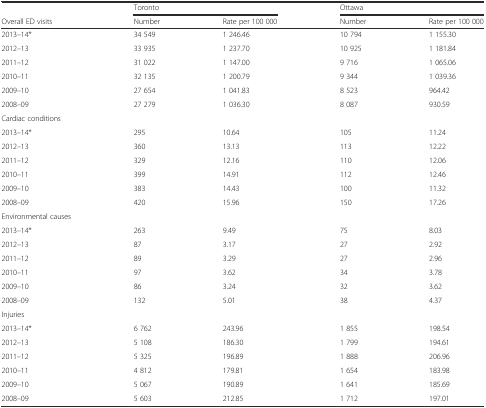
<table><thead><tr><td></td><td colspan="2"><b>Toronto</b></td><td colspan="2"><b>Ottawa</b></td></tr><tr><td><b>Overall ED visits</b></td><td><b>Number</b></td><td><b>Rate per 100 000</b></td><td><b>Number</b></td><td><b>Rate per 100 000</b></td></tr></thead><tbody><tr><td>2013–14*</td><td>34 549</td><td>1 246.46</td><td>10 794</td><td>1 155.30</td></tr><tr><td>2012–13</td><td>33 935</td><td>1 237.70</td><td>10 925</td><td>1 181.84</td></tr><tr><td>2011–12</td><td>31 022</td><td>1 147.00</td><td>9 716</td><td>1 065.06</td></tr><tr><td>2010–11</td><td>32 135</td><td>1 200.79</td><td>9 344</td><td>1 039.36</td></tr><tr><td>2009–10</td><td>27 654</td><td>1 041.83</td><td>8 523</td><td>964.42</td></tr><tr><td>2008–09</td><td>27 279</td><td>1 036.30</td><td>8 087</td><td>930.59</td></tr><tr><td colspan="5">Cardiac conditions</td></tr><tr><td>2013–14*</td><td>295</td><td>10.64</td><td>105</td><td>11.24</td></tr><tr><td>2012–13</td><td>360</td><td>13.13</td><td>113</td><td>12.22</td></tr><tr><td>2011–12</td><td>329</td><td>12.16</td><td>110</td><td>12.06</td></tr><tr><td>2010–11</td><td>399</td><td>14.91</td><td>112</td><td>12.46</td></tr><tr><td>2009–10</td><td>383</td><td>14.43</td><td>100</td><td>11.32</td></tr><tr><td>2008–09</td><td>420</td><td>15.96</td><td>150</td><td>17.26</td></tr><tr><td>Environmental causes</td><td></td><td></td><td></td><td></td></tr><tr><td>2013–14*</td><td>263</td><td>9.49</td><td>75</td><td>8.03</td></tr><tr><td>2012–13</td><td>87</td><td>3.17</td><td>27</td><td>2.92</td></tr><tr><td>2011–12</td><td>89</td><td>3.29</td><td>27</td><td>2.96</td></tr><tr><td>2010–11</td><td>97</td><td>3.62</td><td>34</td><td>3.78</td></tr><tr><td>2009–10</td><td>86</td><td>3.24</td><td>32</td><td>3.62</td></tr><tr><td>2008–09</td><td>132</td><td>5.01</td><td>38</td><td>4.37</td></tr><tr><td colspan="5">Injuries</td></tr><tr><td>2013–14*</td><td>6 762</td><td>243.96</td><td>1 855</td><td>198.54</td></tr><tr><td>2012–13</td><td>5 108</td><td>186.30</td><td>1 799</td><td>194.61</td></tr><tr><td>2011–12</td><td>5 325</td><td>196.89</td><td>1 888</td><td>206.96</td></tr><tr><td>2010–11</td><td>4 812</td><td>179.81</td><td>1 654</td><td>183.98</td></tr><tr><td>2009–10</td><td>5 067</td><td>190.89</td><td>1 641</td><td>185.69</td></tr><tr><td>2008–09</td><td>5 603</td><td>212.85</td><td>1 712</td><td>197.01</td></tr></tbody></table>